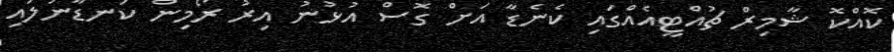
ކޮއްކޮ ޝާމިރް ޗުއްޓީއެއްގައި ކެނެޑާ އަށް ގޮސް އުޅުނު އިރު ރޯމިން ކަނޑާނުލައި